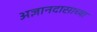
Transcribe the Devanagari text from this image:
अज्ञानदासाच्या